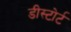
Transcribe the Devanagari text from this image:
डीस्टोर्ट